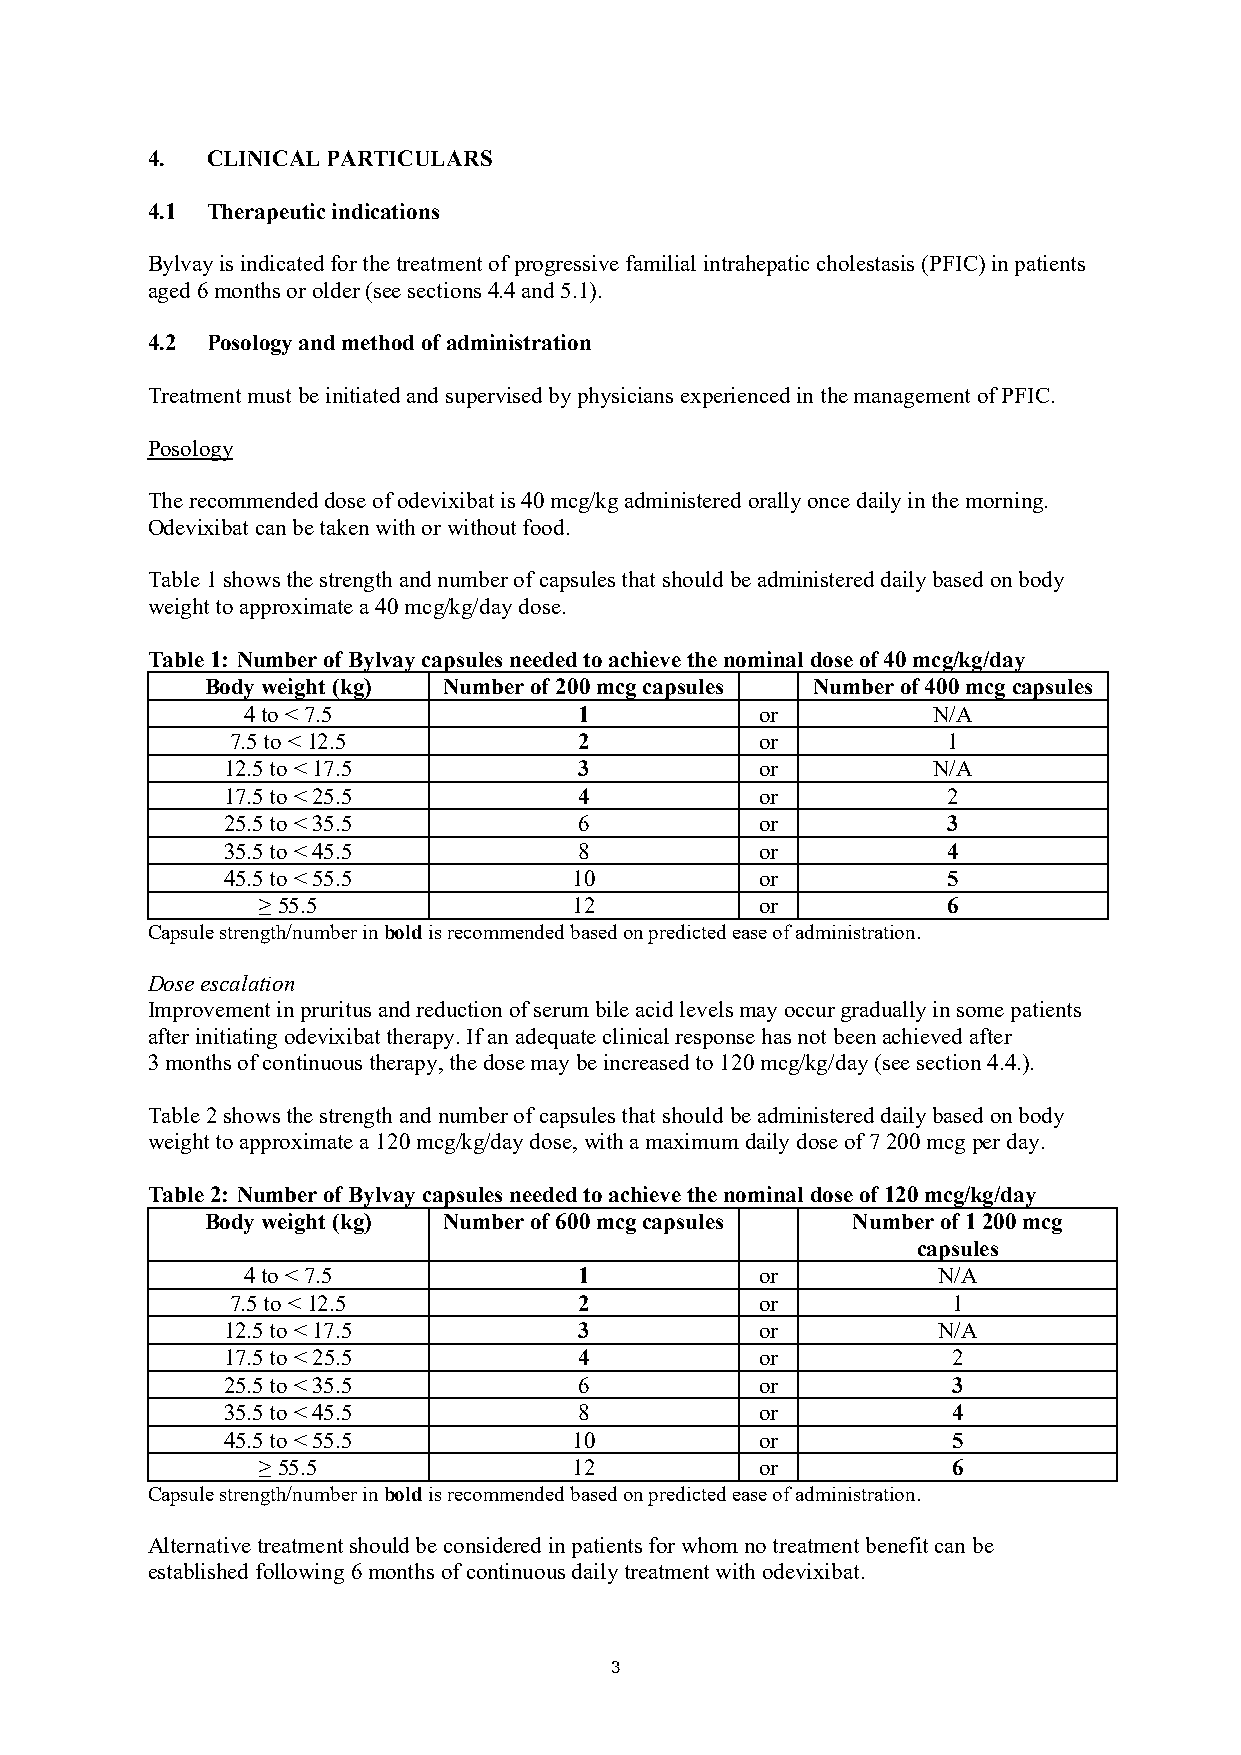
4.  CLINICAL PARTICULARS
 4.1 Therapeutic indications
 Bylvay is indicated for the treatment of progressive familial intrahepatic cholestasis (PFIC) in patients
 aged 6 months or older (see sections 4.4 and 5.1).
 4.2 Posology and method of administration
 Treatment must be initiated and supervised by physicians experienced in the management of PFIC.
 Posology
 The recommended dose of odevixibat is 40 mcg/kg administered orally once daily in the morning.
 Odevixibat can be taken with or without food.
 Table 1 shows the strength and number of capsules that should be administered daily based on body
 weight to approximate a 40 mcg/kg/day dose.
 Table 1: Number of Bylvay capsules needed to achieve the nominal dose of 40 mcg/kg/day
 Body weight (kg) Number of 200 mcg capsules Number of 400 mcg capsules
 4 to < 7.5            1           or          N/A
 7.5 to < 12.5          2           or           1
 12.5 to < 17.5         3           or          N/A
 17.5 to < 25.5         4           or           2
 25.5 to < 35.5         6           or           3
 35.5 to < 45.5         8           or           4
 45.5 to < 55.5         10          or           5
 ≥ 55.5               12          or           6
 Capsule strength/number in bold is recommended based on predicted ease of administration.
 Dose escalation
 Improvement in pruritus and reduction of serum bile acid levels may occur gradually in some patients
 after initiating odevixibat therapy. If an adequate clinical response has not been achieved after
 3 months of continuous therapy, the dose may be increased to 120 mcg/kg/day (see section 4.4.).
 Table 2 shows the strength and number of capsules that should be administered daily based on body
 weight to approximate a 120 mcg/kg/day dose, with a maximum daily dose of 7 200 mcg per day.
 Table 2: Number of Bylvay capsules needed to achieve the nominal dose of 120 mcg/kg/day
 Body weight (kg) Number of 600 mcg capsules Number of 1 200 mcg
 capsules
 4 to < 7.5            1           or          N/A
 7.5 to < 12.5          2           or           1
 12.5 to < 17.5         3           or          N/A
 17.5 to < 25.5         4           or           2
 25.5 to < 35.5         6           or           3
 35.5 to < 45.5         8           or           4
 45.5 to < 55.5         10          or           5
 ≥ 55.5               12          or           6
 Capsule strength/number in bold is recommended based on predicted ease of administration.
 Alternative treatment should be considered in patients for whom no treatment benefit can be
 established following 6 months of continuous daily treatment with odevixibat.
 3